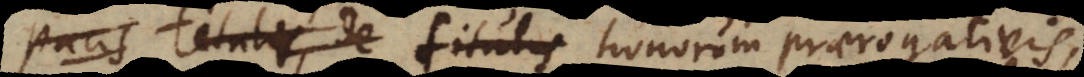
pacis titulis, de titulis honorum praerogativis,